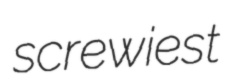
screwiest